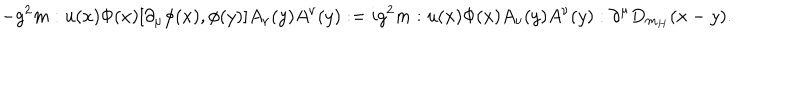
LaTeX: - g ^ { 2 } m : u ( x ) \Phi ( x ) [ \partial _ { \mu } \phi ( x ) , \phi ( y ) ] A _ { \nu } ( y ) A ^ { \nu } ( y ) : = i g ^ { 2 } m : u ( x ) \Phi ( x ) A _ { \nu } ( y ) A ^ { \nu } ( y ) : \partial ^ { \mu } D _ { m _ { H } } ( x - y ) .